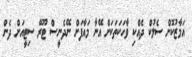
އަމާޒުކޮށް ސެލުކް ދެއްކި ވާހަކަތަކަށް އޭނާ މައާފަށް ނޭދެނީސް ޓޫރޭ ސިޓީއަށް ދެން